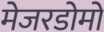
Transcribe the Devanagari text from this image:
मेजरडोमो